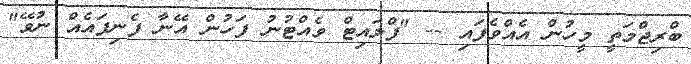
ބްރިޖްމަތީ މީހުން އެއްވެފައި -- "ފްލައިޓް ވެއްޓުނު ފަހުން އޭނާ ފެނިފައެއް ނުވޭ"